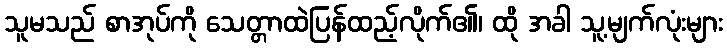
သူမသည် စာအုပ်ကို သေတ္တာထဲပြန်ထည့်လိုက်၏၊ ထို အခါ သူ့မျက်လုံးများ